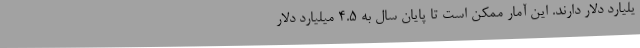
یلیارد دلار دارند. این آمار ممکن است تا پایان سال به 4.5 میلیارد دلار